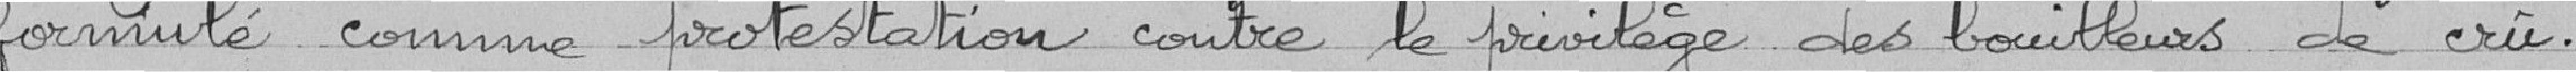
formulé comme protestation contre le privilège des bouilleurs de cru.